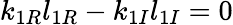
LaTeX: k_{1R}l_{1R}-k_{1I}l_{1I}=0